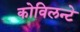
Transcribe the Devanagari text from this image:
कोविलन्टे